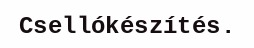
Csellókészítés.